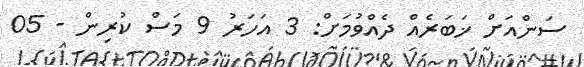
ސަންއަށް ޚަބަރެއް ދެއްވުމަށް: 3 އަހަރު 9 މަސް ކުރިން - 05